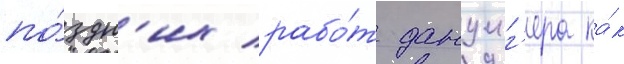
по́здн'их рабо́т данциг'ера ка́к